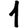
Digit: 1